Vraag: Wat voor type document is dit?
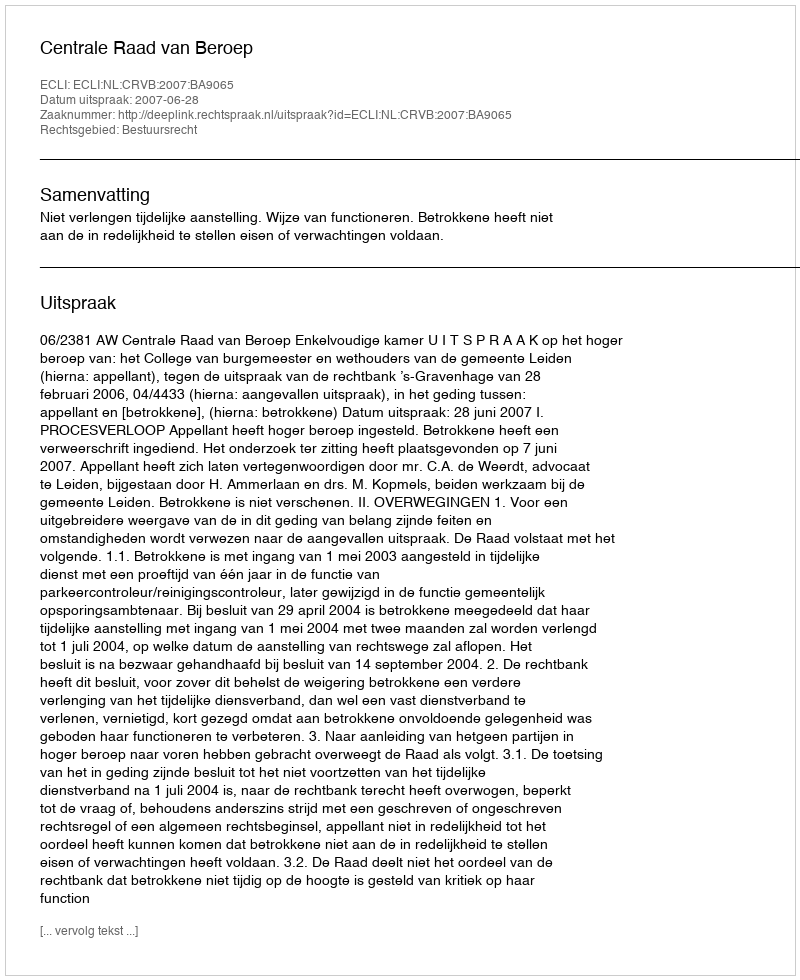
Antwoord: Uitspraak